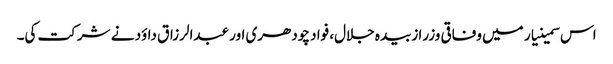
اس سمینیار میں وفاقی وزرا زبیدہ جلال، فواد چودھری اور عبدالرزاق داؤد نے شرکت کی۔